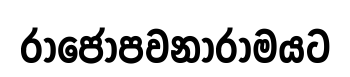
රාජෝපවනාරාමයට